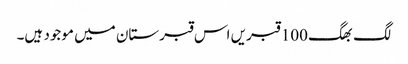
لگ بھگ 100 قبریں اس قبرستان میں موجود ہیں۔